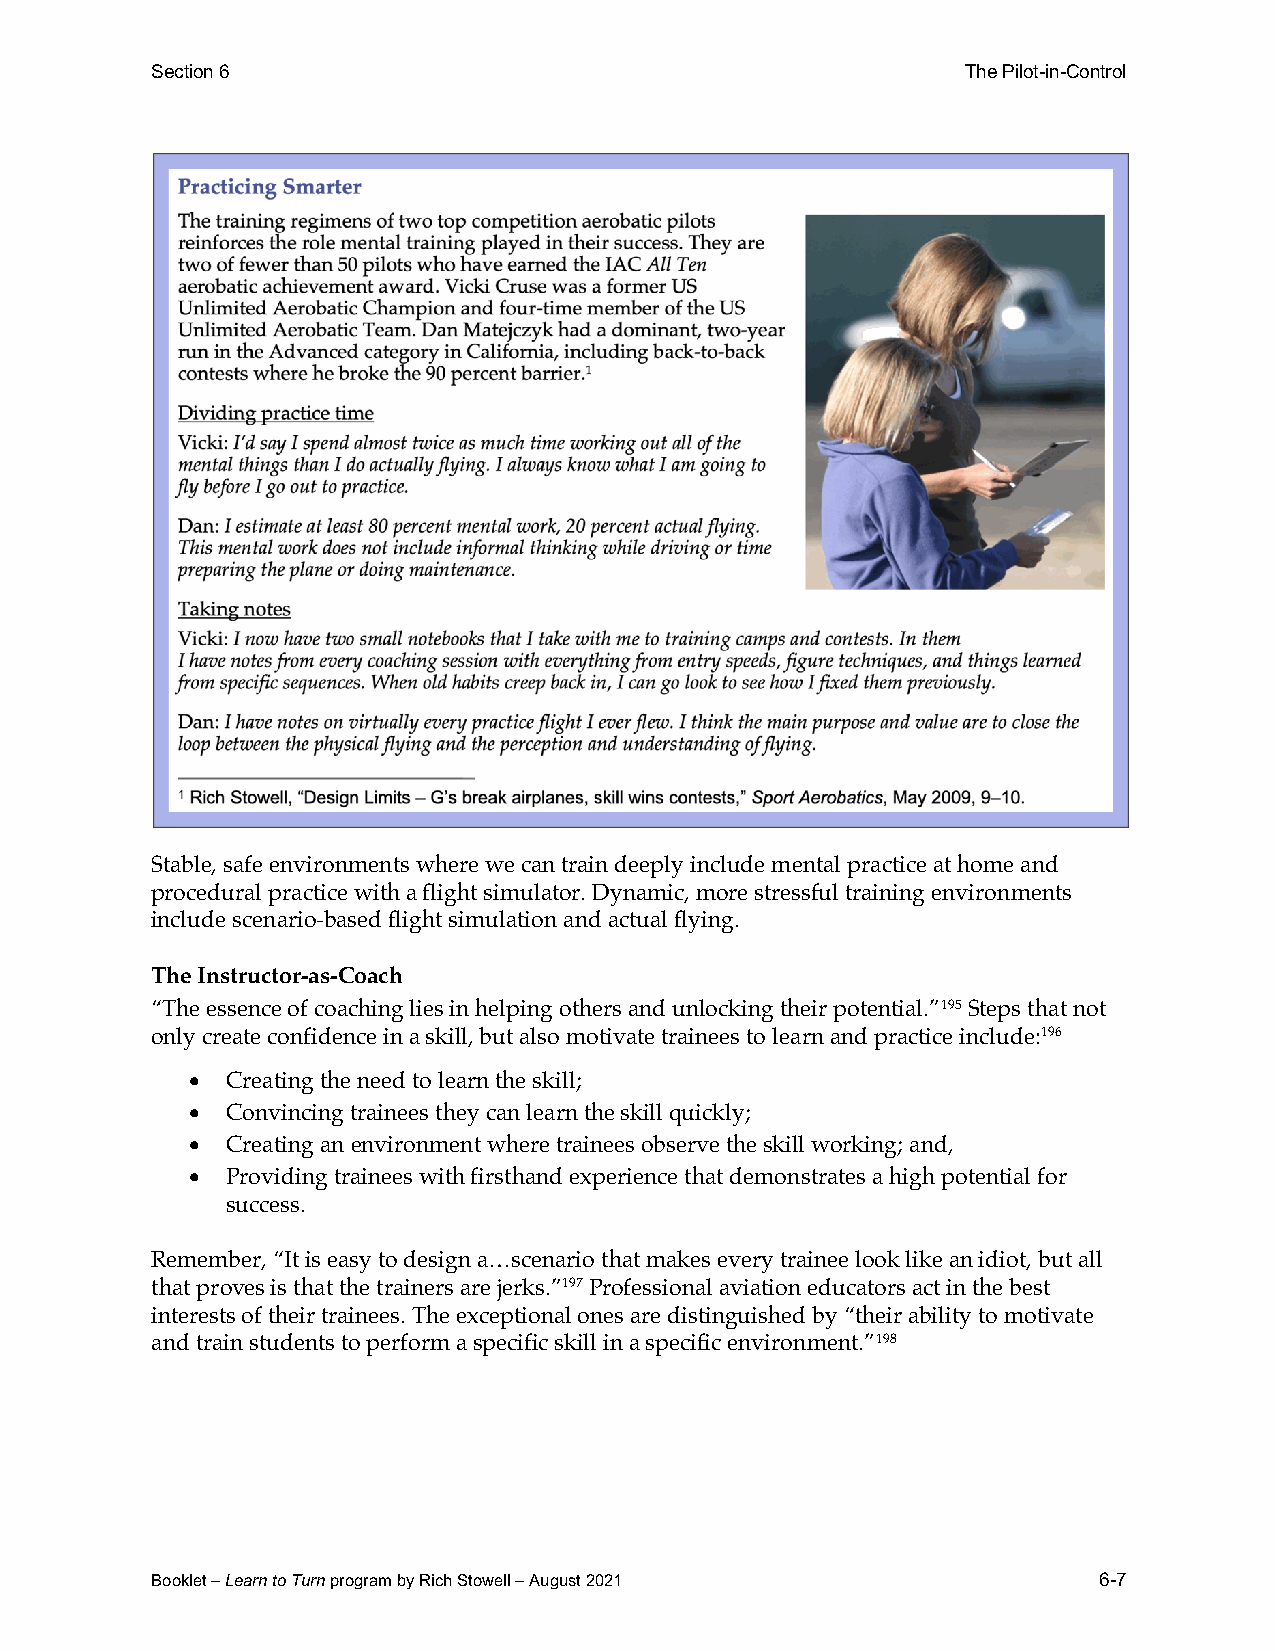
Section 6                                             The Pilot-in-Control
 Stable, safe environments where we can train deeply include mental practice at home and
 procedural practice with a flight simulator. Dynamic, more stressful training environments
 include scenario-based flight simulation and actual flying.
 The Instructor-as-Coach
 “The essence of coaching lies in helping others and unlocking their potential.”195 Steps that not
 only create confidence in a skill, but also motivate trainees to learn and practice include:196
 •  Creating the need to learn the skill;
 •  Convincing trainees they can learn the skill quickly;
 •  Creating an environment where trainees observe the skill working; and,
 •  Providing trainees with firsthand experience that demonstrates a high potential for
 success.
 Remember, “It is easy to design a…scenario that makes every trainee look like an idiot, but all
 that proves is that the trainers are jerks.”197 Professional aviation educators act in the best
 interests of their trainees. The exceptional ones are distinguished by “their ability to motivate
 and train students to perform a specific skill in a specific environment.”198
 Booklet – Learn to Turn program by Rich Stowell – August 2021  6-7